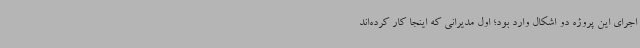
اجرای این پروژه دو اشکال وارد بود؛ اول مدیرانی که اینجا کار کرده‌اند